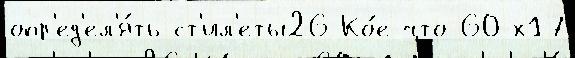
опр'ед'ел'я́ть ст'ил'еты26 Ко́е-что 60-х17